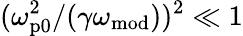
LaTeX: (\omega_{\mathrm{p0}}^{2}/(\gamma\omega_{\mathrm{mod}}))^{2}\ll 1